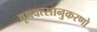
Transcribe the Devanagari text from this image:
वृषवत्सानुकरणो